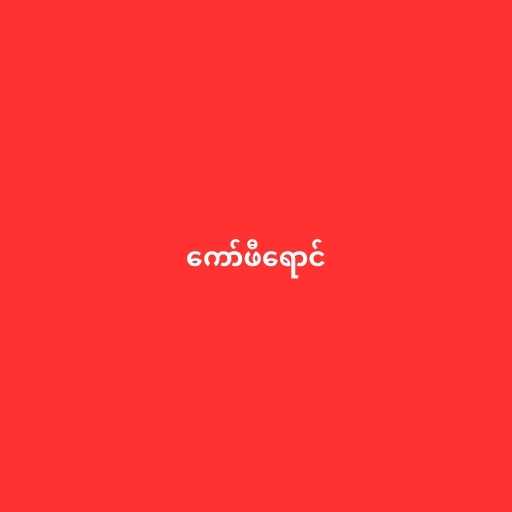
ကော်ဖီရောင်